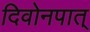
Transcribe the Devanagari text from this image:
दिवोनपात्